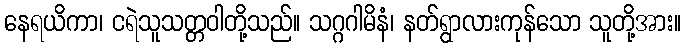
နေရယိကာ၊ ငရဲသူသတ္တဝါတို့သည်။ သဂ္ဂဂါမိနံ၊ နတ်ရွာလားကုန်သော သူတို့အား။